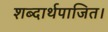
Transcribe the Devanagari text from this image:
शब्दार्थपाजित।